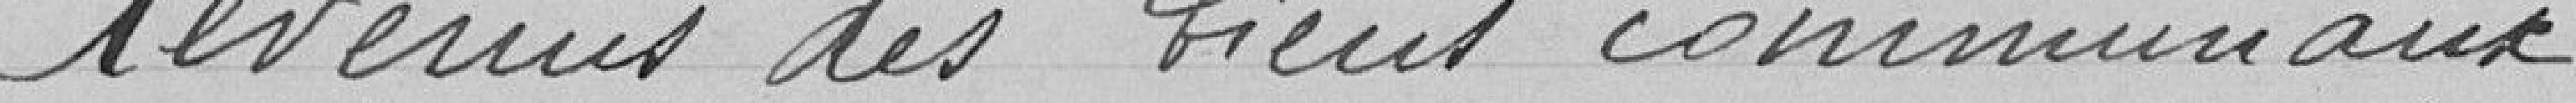
Revenus des biens communaux